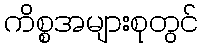
ကိစ္စအများစုတွင်